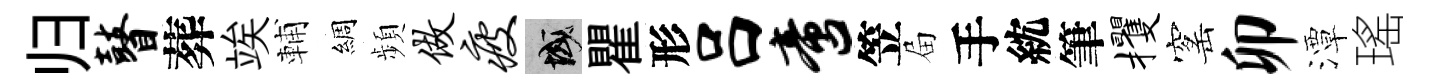
归瞽葬竢輔綢頻做疲域瞿形吕啻笠屇手紞筆攫窰卯潭瑤